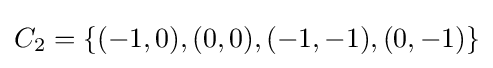
C_{2}=\{(-1,0),(0,0),(-1,-1),(0,-1)\}